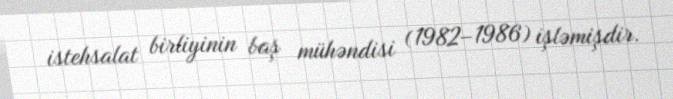
istehsalat birliyinin baş mühəndisi (1982–1986) işləmişdir.